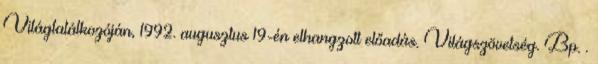
Világtalálkozóján, 1992. augusztus 19-én elhangzott előadás. Világszövetség. Bp. .